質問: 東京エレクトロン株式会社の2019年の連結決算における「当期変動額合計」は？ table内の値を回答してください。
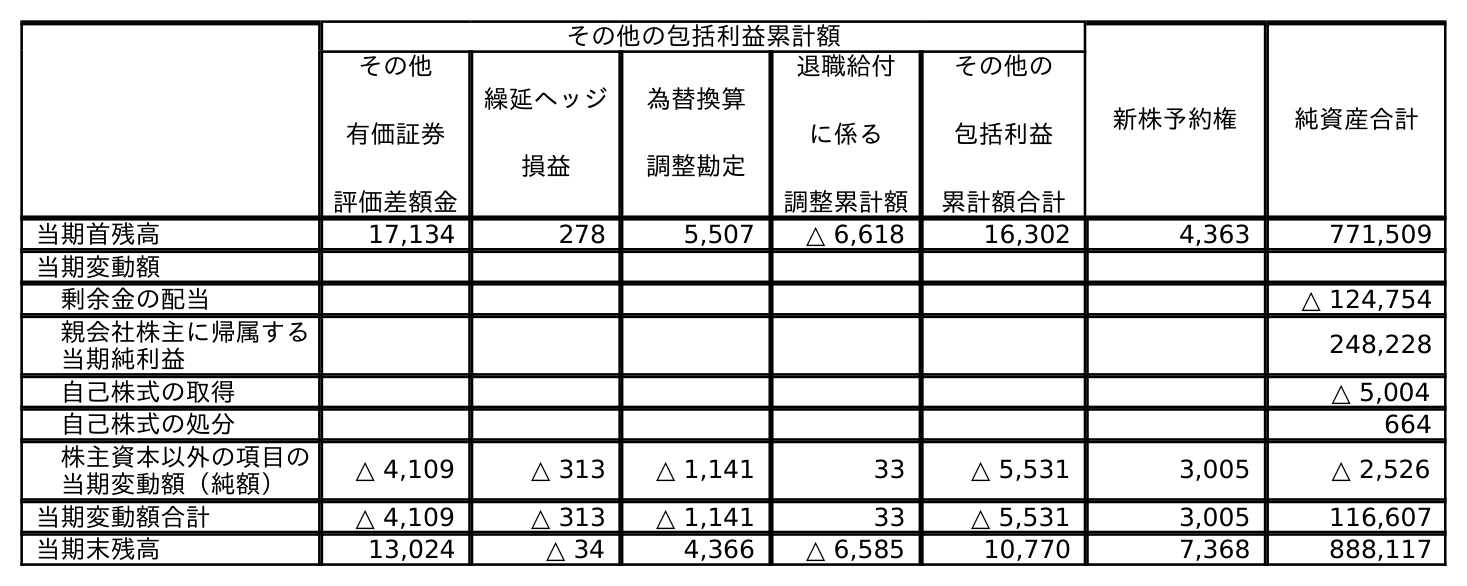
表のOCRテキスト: その他の包括利益累計額 新株予約権 純資産合計 その他 有価証券 評価差額金 繰延ヘッジ 損益 為替換算 調整勘定 退職給付 に係る 調整累計額 その他の 包括利益 累計額合計 当期首残高 17,134 278 5,507 △ 6,618 16,302 4,363 771,509 当期変動額 剰余金の配当 △ 124,754 親会社株主に帰属する 当期純利益 248,228 自己株式の取得 △ 5,004 自己株式の処分 664 株主資本以外の項目の 当期変動額（純額） △ 4,109 △ 313 △ 1,141 33 △ 5,531 3,005 △ 2,526 当期変動額合計 △ 4,109 △ 313 △ 1,141 33 △ 5,531 3,005 116,607 当期末残高 13,024 △ 34 4,366 △ 6,585 10,770 7,368 888,117
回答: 116,607